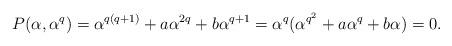
LaTeX: \begin{align*}P(\alpha, \alpha^q)=\alpha^{q(q+1)}+a\alpha^{2q}+b\alpha^{q+1}=\alpha^q(\alpha^{q^2}+a\alpha^{q}+b\alpha)=0.\end{align*}